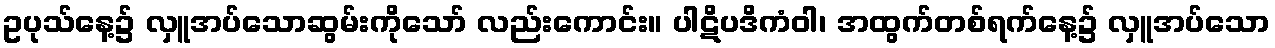
ဥပုသ်နေ့၌ လှူအပ်သောဆွမ်းကိုသော် လည်းကောင်း။ ပါဋိပဒိကံဝါ၊ အထွက်တစ်ရက်နေ့၌ လှူအပ်သော